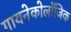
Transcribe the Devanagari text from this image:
गायनेकोलॉजिक